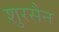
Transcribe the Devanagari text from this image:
शुरसैन